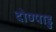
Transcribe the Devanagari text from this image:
दोण्पाडु